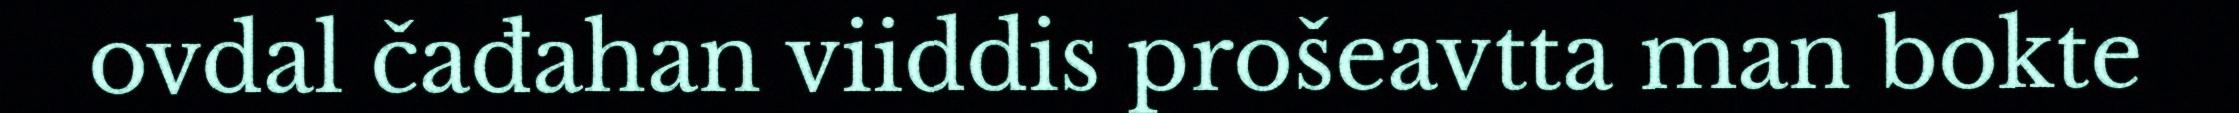
ovdal čađahan viiddis prošeavtta man bokte